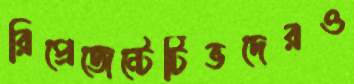
রিপ্রেজেন্টেটিভদেরও